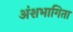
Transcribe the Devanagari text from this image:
अंशभागिता